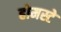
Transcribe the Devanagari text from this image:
होमस्टे